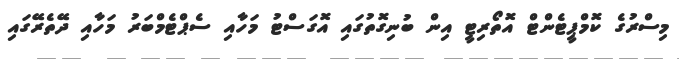
މިސްރުގެ ކޮމްޕީޓެންޓް އޮތޯރިޓީ އިން ބުނިގޮތުގައި އޮގަސްޓު މަހާއި ސެޕްޓެމްބަރު މަހާއި ދޭތެރޭގައި